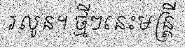
រលូន។ ថ្មីៗនេះមន្ត្រី